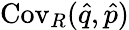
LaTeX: \operatorname{Cov}_{R}(\hat{q},\hat{p})